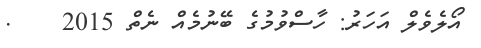
އޯލެވެލް އަހަރު: ހާސްވުމުގެ ބޭނުމެއް ނެތް 2015    .